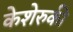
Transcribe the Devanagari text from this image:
केशेरुकी